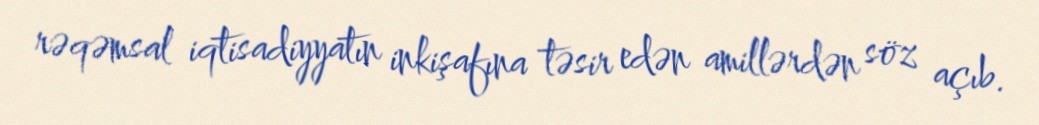
rəqəmsal iqtisadiyyatın inkişafına təsir edən amillərdən söz açıb.